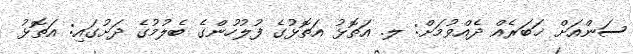
ސަންއަށް ޚަބަރެއް ދެއްވުމަށް: ލ. އަތޮޅު އަތޮޅުގެ ފުލުހުންގެ ބެލުމުގެ ދަށުގައި: އަތޮޅު